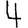
Digit: 4